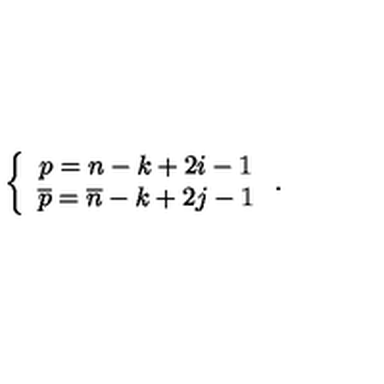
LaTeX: \left\{ \begin{array} { c } { p = n - k + 2 i - 1 } \\ { \overline { { p } } = \overline { { n } } - k + 2 j - 1 } \\ \end{array} \right. .